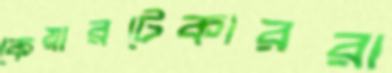
কেয়ারটেকাররা